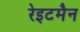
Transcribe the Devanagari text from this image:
रेइटमैन